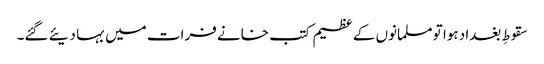
سقوطِ بغداد ہوا تو مسلمانوں کے عظیم کتب خانے فرات میں بہا دیئے گئے۔